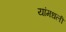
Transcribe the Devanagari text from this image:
यांमधली